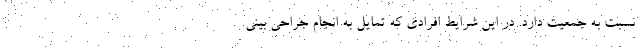
نسبت به جمعیت دارد. در این شرایط افرادی که تمایل به انجام جراحی بینی